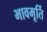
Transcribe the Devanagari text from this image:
भावमूर्ति